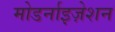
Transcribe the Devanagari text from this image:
मोडर्नाइज़ेशन